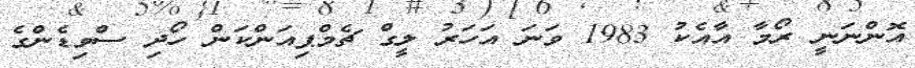
އޮންނަނީ ރޯމާ އާއެކު 1983 ވަނަ އަހަރު ލީގް ޗެމްޕިއަންކަން ހޯދި ސްވިޑެންގެ